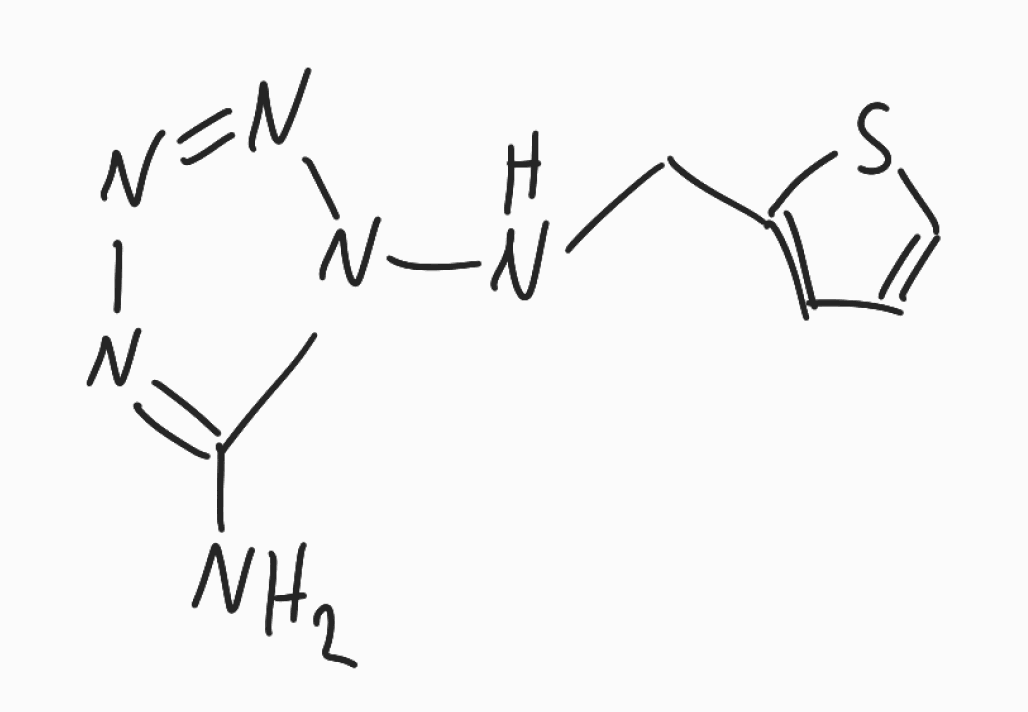
Simplified molecular-input line-entry system (SMILES) notation of the given molecule:
C1=CSC(=C1)CNN2C(=NN=N2)N